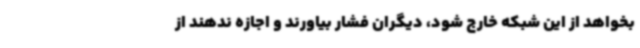
بخواهد از این شبکه خارج شود، دیگران فشار بیاورند و اجازه ندهند از